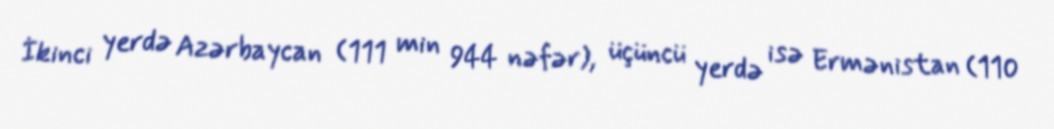
İkinci yerdə Azərbaycan (111 min 944 nəfər), üçüncü yerdə isə Ermənistan (110